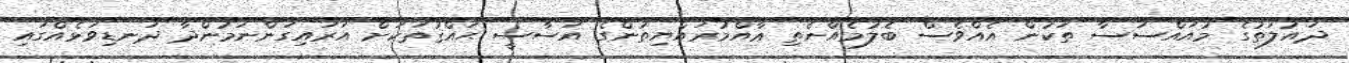
ދައުލަތުގެ މުއައްސަސާ ތަކުން އެއްވެސް ބެލުމެއްނެތި ޢާއްމުރައްޔިތުންގެ އަސާސީ ޙައްޤުތަކަށް އަރައިގަންނަމުންދާ ދަނޑިވަޅެއްގައި